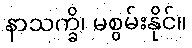
နာသက္ခိ၊ မစွမ်းနိုင်။